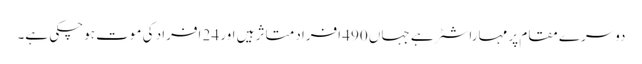
دوسرے مقام پر مہاراشٹر ہے جہاں 490 افراد متاثر ہیں اور 24 افراد کی موت ہوچکی ہے۔